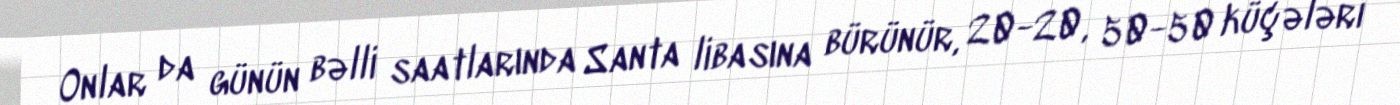
Onlar da günün bəlli saatlarında Santa libasına bürünür, 20-20, 50-50 küçələri